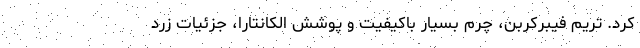
کرد. تریم فیبرکربن، چرم بسیار باکیفیت و پوشش الکانتارا، جزئیات زرد